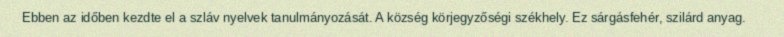
Ebben az időben kezdte el a szláv nyelvek tanulmányozását. A község körjegyzőségi székhely. Ez sárgásfehér, szilárd anyag.